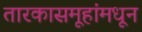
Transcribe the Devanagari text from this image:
तारकासमूहांमधून